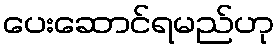
ပေးဆောင်ရမည်ဟု